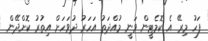
ފަހު މިރޭ އެ ކޮމެޓީން ވަނީ މުއްދަތު އަހަރު ދުވަހަށް އިތުރު ކޮށްދޭން